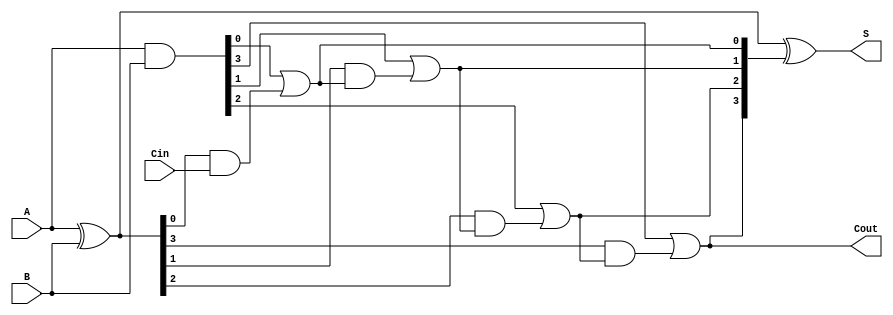
module CarryLookaheadAdder #(parameter N = 4) (
    input  [N-1:0] A,      // First n-bit input
    input  [N-1:0] B,      // Second n-bit input
    input          Cin,     // Carry-in
    output [N-1:0] S,      // n-bit sum output
    output         Cout     // Carry-out
);

    // Generate and propagate signals
    wire [N-1:0] G; // Generate signals
    wire [N-1:0] P; // Propagate signals
    wire [N:0] C;   // Carry signals

    // Generate and propagate calculations
    assign G = A & B;          // Generate: G_i = A_i & B_i
    assign P = A ^ B;          // Propagate: P_i = A_i ^ B_i

    // Carry calculations
    assign C[0] = Cin;         // C_0 = Cin

    genvar i;
    generate
        for (i = 0; i < N; i = i + 1) begin : carry_logic
            if (i == 0) begin
                assign C[i + 1] = G[i] | (P[i] & C[i]); // C_1
            end else begin
                assign C[i + 1] = G[i] | (P[i] & C[i]); // C_(i+1)
            end
        end
    endgenerate

    // Sum calculation
    assign S = P ^ C[N:1];      // S_i = P_i ^ C_i

    // Carry-out
    assign Cout = C[N];         // Final carry-out

endmodule